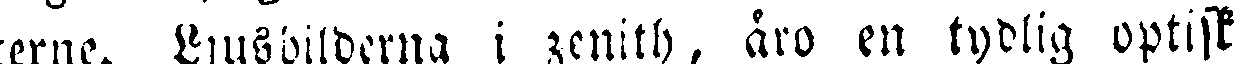
terne. Ljusbilderna i zenith, äro en tydlig optisk